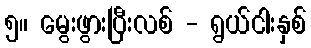
၅။ မွေးဖွားပြီးလစ် - ရွယ်ငါးနှစ်